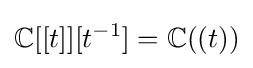
\mathbb {C} [[t]][t^{-1}]=\mathbb {C} ((t))